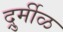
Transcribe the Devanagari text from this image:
दुर्र्मीळ